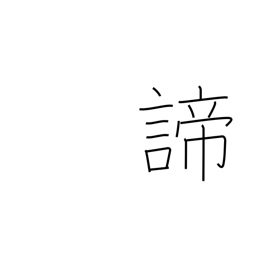
Meaning: truth